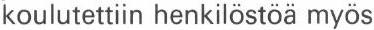
koulutettiin henkilöstöä myös